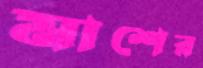
মাশের